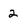
Character: 2